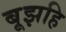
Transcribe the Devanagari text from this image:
बूझहि